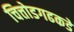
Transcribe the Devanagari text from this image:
चित्तोडगढकडे